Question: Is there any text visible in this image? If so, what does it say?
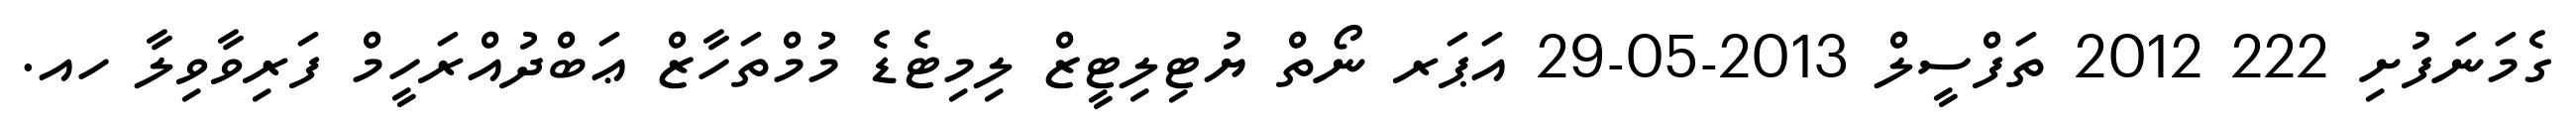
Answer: ގެމަނަފުށި 222 2012 ތަފްސީލް 2013-05-29 އަޕަރ ނޯތް ޔުޓިލިޓީޒް ލިމިޓެޑެ މުމްތަހާޒް ޢަބްދުއްރަހީމް ފަރިވާވިލާ ހއ.